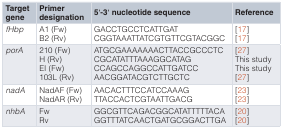
<table><thead><tr><td><b>Targetgene</b></td><td><b>Primerdesignation</b></td><td><b>5′-3′ nucleotide sequence</b></td><td><b>Reference</b></td></tr></thead><tbody><tr><td><i>fHbp</i></td><td>A1 (Fw)B2 (Rv)</td><td>GACCTGCCTCATTGATCGGTAAATTATCGTGTTCGTACGGC</td><td>[17][17]</td></tr><tr><td><i>porA</i></td><td>210 (Fw)H (Rv)EI (Fw)103L (Rv)</td><td>ATGCGAAAAAAACTTACCGCCCTCCGCATATTTAAAGGCATAGCCAGCCAGGCCATTGATCCAACGGATACGTCTTGCTC</td><td>[27]This studyThis study[27]</td></tr><tr><td><i>nadA</i></td><td>NadAF (Fw)NadAR (Rv)</td><td>AACACTTTCCATCCAAAGTTACCACTCGTAATTGACG</td><td>[23][23]</td></tr><tr><td><i>nhbA</i></td><td>FwRv</td><td>GGCGTTCAGACGGCATATTTTTACAGGTTTATCAACTGATGCGGACTTGA</td><td>[20][20]</td></tr></tbody></table>